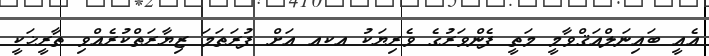
އެއީ ބައިނަލްއަޤްވާމީ މަތީ ފެންވަރުގެ ވެރިޔަކު އކއ އަށް ފުރަތަމަ ޒިޔާރަތްކުރެއްވި ތާރީޚަކީ